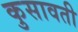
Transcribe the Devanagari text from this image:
कुसावती